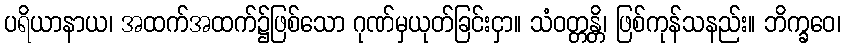
ပရိယာနာယ၊ အထက်အထက်၌ဖြစ်သော ဂုဏ်မှယုတ်ခြင်းငှာ။ သံဝတ္တန္တိ၊ ဖြစ်ကုန်သနည်း။ ဘိက္ခဝေ၊